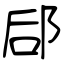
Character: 郈